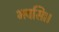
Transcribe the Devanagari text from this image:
भवसि।।